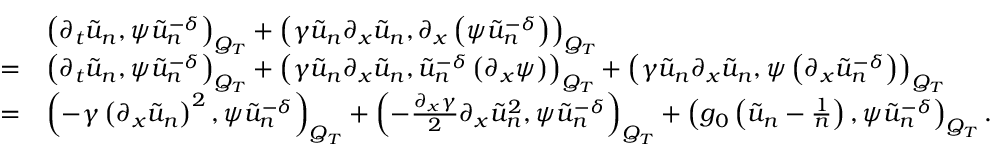
\begin{array} { r l } & { \left( \partial _ { t } \tilde { u } _ { n } , \psi \tilde { u } _ { n } ^ { - \delta } \right) _ { Q _ { T } } + \left( \gamma \tilde { u } _ { n } \partial _ { x } \tilde { u } _ { n } , \partial _ { x } \left( \psi \tilde { u } _ { n } ^ { - \delta } \right) \right) _ { Q _ { T } } } \\ { = } & { \left( \partial _ { t } \tilde { u } _ { n } , \psi \tilde { u } _ { n } ^ { - \delta } \right) _ { Q _ { T } } + \left( \gamma \tilde { u } _ { n } \partial _ { x } \tilde { u } _ { n } , \tilde { u } _ { n } ^ { - \delta } \left( \partial _ { x } \psi \right) \right) _ { Q _ { T } } + \left( \gamma \tilde { u } _ { n } \partial _ { x } \tilde { u } _ { n } , \psi \left( \partial _ { x } \tilde { u } _ { n } ^ { - \delta } \right) \right) _ { Q _ { T } } } \\ { = } & { \left( - \gamma \left( \partial _ { x } \tilde { u } _ { n } \right) ^ { 2 } , \psi \tilde { u } _ { n } ^ { - \delta } \right) _ { Q _ { T } } + \left( - \frac { \partial _ { x } \gamma } { 2 } \partial _ { x } \tilde { u } _ { n } ^ { 2 } , \psi \tilde { u } _ { n } ^ { - \delta } \right) _ { Q _ { T } } + \left( g _ { 0 } \left( \tilde { u } _ { n } - \frac { 1 } { n } \right) , \psi \tilde { u } _ { n } ^ { - \delta } \right) _ { Q _ { T } } . } \end{array}